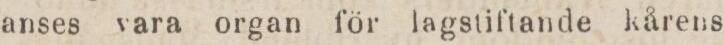
anses vara organ för lagstiftande kårens